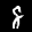
Label: 8